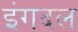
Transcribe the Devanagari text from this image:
इंगदल